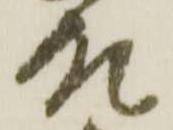
殿